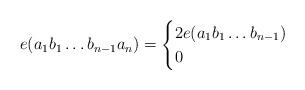
LaTeX: \begin{align*} e(a_1b_1\dots b_{n-1}a_n) = \begin{cases} 2e(a_1b_1\dots b_{n-1}) & \\0 & \end{cases} \end{align*}